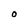
Character: O